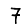
Digit: 7